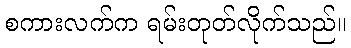
စကားလက်က ရမ်းတုတ်လိုက်သည်။